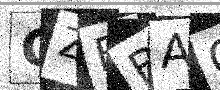
Text: GZFBAC